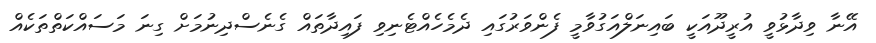
އޭނާ ވިދާޅުވީ އުރީދޫއަކީ ބައިނަލްއަގުވާމީ ފެންވަރުގައި ދެމެހެއްޓެނިވި ފައިދާތައް ގެނެސްދިނުމަށް ގިނަ މަސައްކަތްތަކެއް